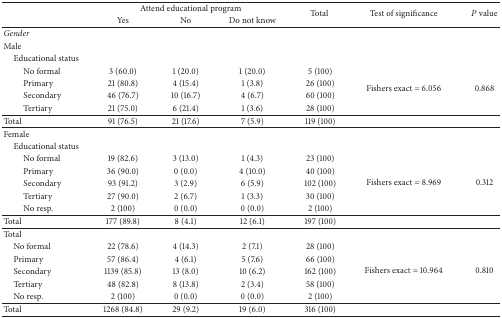
<table><thead><tr><td><b> </b></td><td colspan="3"><b>Attend educational program</b></td><td rowspan="2"><b>Total </b></td><td rowspan="2"><b>Test of significance</b></td><td rowspan="2"><b><i>P</i> value</b></td></tr><tr><td><b> </b></td><td><b>Yes</b></td><td><b>No</b></td><td><b>Do not know</b></td></tr></thead><tbody><tr><td><i>Gender </i></td><td> </td><td> </td><td> </td><td> </td><td> </td><td> </td></tr><tr><td>Male</td><td> </td><td> </td><td> </td><td> </td><td> </td><td> </td></tr><tr><td> Educational status</td><td> </td><td> </td><td> </td><td> </td><td> </td><td> </td></tr><tr><td>No formal</td><td>3 (60.0)</td><td>1 (20.0)</td><td>1 (20.0)</td><td>5 (100)</td><td rowspan="4">Fishers exact = 6.056</td><td rowspan="4">0.868</td></tr><tr><td>Primary</td><td>21 (80.8)</td><td>4 (15.4)</td><td>1 (3.8)</td><td>26 (100)</td></tr><tr><td>Secondary</td><td>46 (76.7)</td><td>10 (16.7)</td><td>4 (6.7)</td><td>60 (100)</td></tr><tr><td>Tertiary</td><td>21 (75.0)</td><td>6 (21.4)</td><td>1 (3.6)</td><td>28 (100)</td></tr><tr><td>Total</td><td>91 (76.5)</td><td>21 (17.6)</td><td>7 (5.9)</td><td>119 (100)</td><td> </td><td> </td></tr><tr><td>Female</td><td> </td><td> </td><td> </td><td> </td><td> </td><td> </td></tr><tr><td> Educational status</td><td> </td><td> </td><td> </td><td> </td><td> </td><td> </td></tr><tr><td>No formal</td><td>19 (82.6)</td><td>3 (13.0)</td><td>1 (4.3)</td><td>23 (100)</td><td rowspan="5">Fishers exact = 8.969</td><td rowspan="5">0.312</td></tr><tr><td>Primary</td><td>36 (90.0)</td><td>0 (0.0)</td><td>4 (10.0)</td><td>40 (100)</td></tr><tr><td>Secondary</td><td>93 (91.2)</td><td>3 (2.9)</td><td>6 (5.9)</td><td>102 (100)</td></tr><tr><td>Tertiary</td><td>27 (90.0)</td><td>2 (6.7)</td><td>1 (3.3)</td><td>30 (100)</td></tr><tr><td>No resp.</td><td>2 (100)</td><td>0 (0.0)</td><td>0 (0.0)</td><td>2 (100)</td></tr><tr><td>Total</td><td>177 (89.8)</td><td>8 (4.1)</td><td>12 (6.1)</td><td>197 (100)</td><td> </td><td> </td></tr><tr><td>Total</td><td> </td><td> </td><td> </td><td> </td><td> </td><td> </td></tr><tr><td> No formal</td><td>22 (78.6)</td><td>4 (14.3)</td><td>2 (7.1)</td><td>28 (100)</td><td rowspan="5">Fishers exact = 10.964</td><td rowspan="5">0.810</td></tr><tr><td> Primary</td><td>57 (86.4)</td><td>4 (6.1)</td><td>5 (7.6)</td><td>66 (100)</td></tr><tr><td> Secondary</td><td>1139 (85.8)</td><td>13 (8.0)</td><td>10 (6.2)</td><td>162 (100)</td></tr><tr><td> Tertiary</td><td>48 (82.8)</td><td>8 (13.8)</td><td>2 (3.4)</td><td>58 (100)</td></tr><tr><td> No resp.</td><td>2 (100)</td><td>0 (0.0)</td><td>0 (0.0)</td><td>2 (100)</td></tr><tr><td>Total</td><td>1268 (84.8)</td><td>29 (9.2)</td><td>19 (6.0)</td><td>316 (100)</td><td> </td><td> </td></tr></tbody></table>